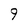
Character: 9